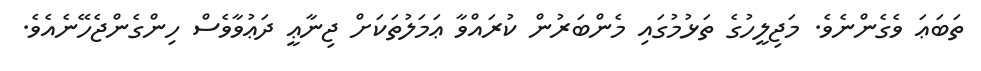
ތަބަޢަ ވެގެންނެވެ. މަޖިލީހުގެ ތަޅުމުގައި މެންބަރުން ކުރައްވާ ޢަމަލުތަކަށް ޖިނާޢީ ދަޢުވާވެސް ހިންގެންޖެހޭނެއެވެ.